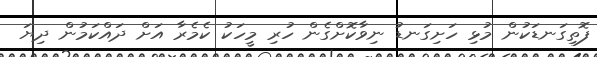
ފޮތިގަނޑަކުން މުޅި ހަށިގަނޑު ނިވާކޮށްގެން ހުރި މީހަކު ކެމެރާ އަށް ދައްކަމުން ދިޔަ